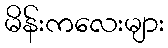
မိန်းကလေးများ